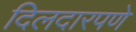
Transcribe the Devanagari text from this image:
दिलदारपणे